画像に写った文字を読んでください
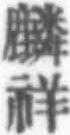
「麟祥」と書いてあります